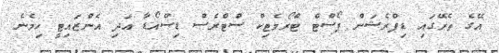
އޭގެ ތެރޭގައި ޑިޕްރެޝަން ޕޯސްޓް ޓްރޯމެޓިކް ސްޓްރެސް ޑިސްއޯޑާ އަދި އެންޒައިޓީ ހިމެނެ